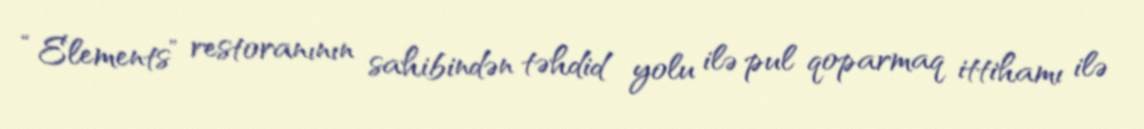
“Elements” restoranının sahibindən təhdid yolu ilə pul qoparmaq ittihamı ilə